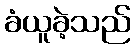
ခံယူခဲ့သည်